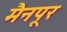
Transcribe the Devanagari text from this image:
मैनपूर